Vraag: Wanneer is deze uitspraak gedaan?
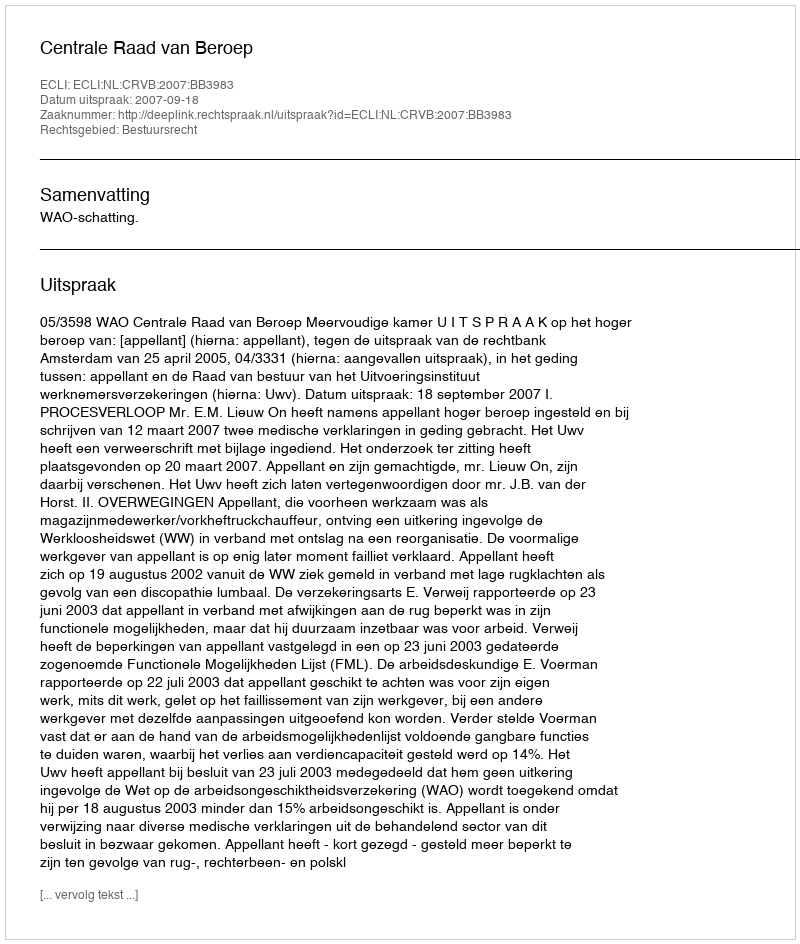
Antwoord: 2007-09-18